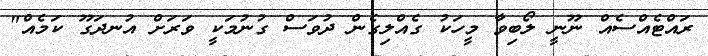
ރައްޓެއްސެއް ނޫނީ ލޯބިވާ މީހަކު ގެއްލިގެން ދުވަސް ގުނުމަކީ ވަރަށް އުނދަގޫ ކަމެއް"